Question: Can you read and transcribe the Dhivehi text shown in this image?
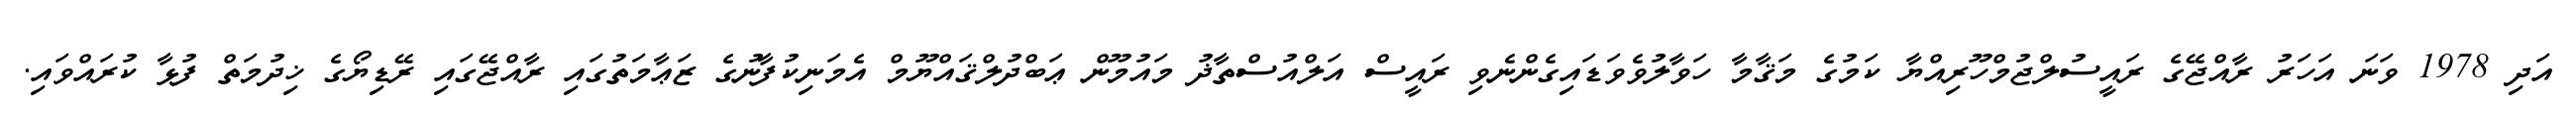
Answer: އަދި 1978 ވަނަ އަހަރު ރާއްޖޭގެ ރައީސުލްޖުމްހޫރިއްޔާ ކަމުގެ މަޤާމާ ހަވާލުވެވަޑައިގެންނެވި ރައީސް އަލްއުސްތާޛު މައުމޫން ޢަބްދުލްޤައްޔޫމް އެމަނިކުފާނުގެ ޒަޢާމަތުގައި ރާއްޖޭގައި ރޭޑިޔޯގެ ޚިދުމަތް ފުޅާ ކުރައްވައި.